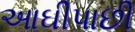
આઘીપાછી